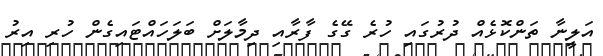
އަލީނާ ތަންކޮޅެއް ދުރުގައި ހުރެ ގޭގެ ފާރާއި ދިމާލަށް ބަލަހައްޓައިގެން ހުރި އިރު